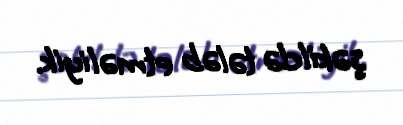
şəkildə tələb etməliyik.